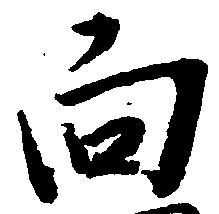
向